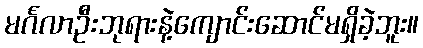
မင်္ဂလာဦးဘုရားနဲ့ကျောင်းဆောင်မရှိခဲ့ဘူး။